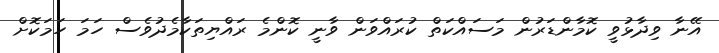
އޭނާ ވިދާޅުވީ ކޮމާންޑަރުން މަސައްކަތް ކުރައްވަން ވާނީ ކޮންމެ ރައްޔިތަކާމެދުވެސް ހަމަ ހަމަކޮށް